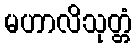
မဟာလိသုတ္တံ